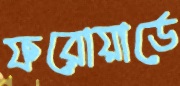
ফরোয়ার্ডে